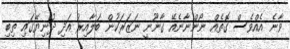
ވާނެ އެއްވެސް ގޮތެއް ނޯންނާނެއޭ ގާނޫނީ ނަޒަރަކުން ބަލާއިރު އަދި ދުނިޔޭގައި ތިބި